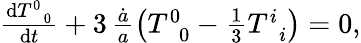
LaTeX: \begin{array}{r}{\frac{\mathrm{d}T_{\, \, \, 0}^{0}}{\mathrm{d}t}+3\, \frac{\dot{a}}{a}\left(T_{\, \, \, 0}^{0}-\frac{1}{3}T_{\, \, \, i}^{i}\right)=0,}\end{array}